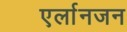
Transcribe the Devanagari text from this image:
एर्लानजन